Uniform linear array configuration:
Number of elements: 48
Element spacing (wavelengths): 0.25
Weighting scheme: exponential
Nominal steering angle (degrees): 30
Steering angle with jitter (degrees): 30.363
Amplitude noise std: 0.05
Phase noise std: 0.05

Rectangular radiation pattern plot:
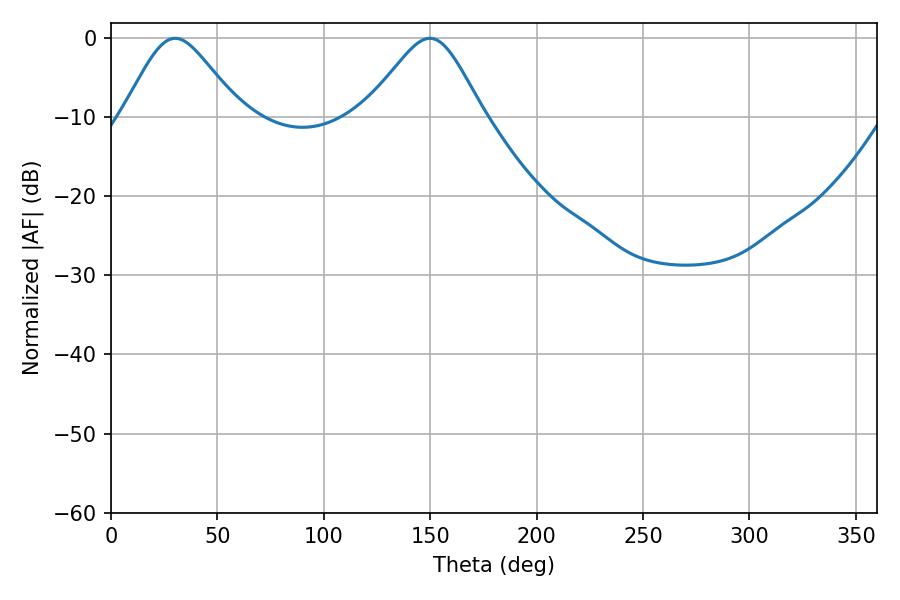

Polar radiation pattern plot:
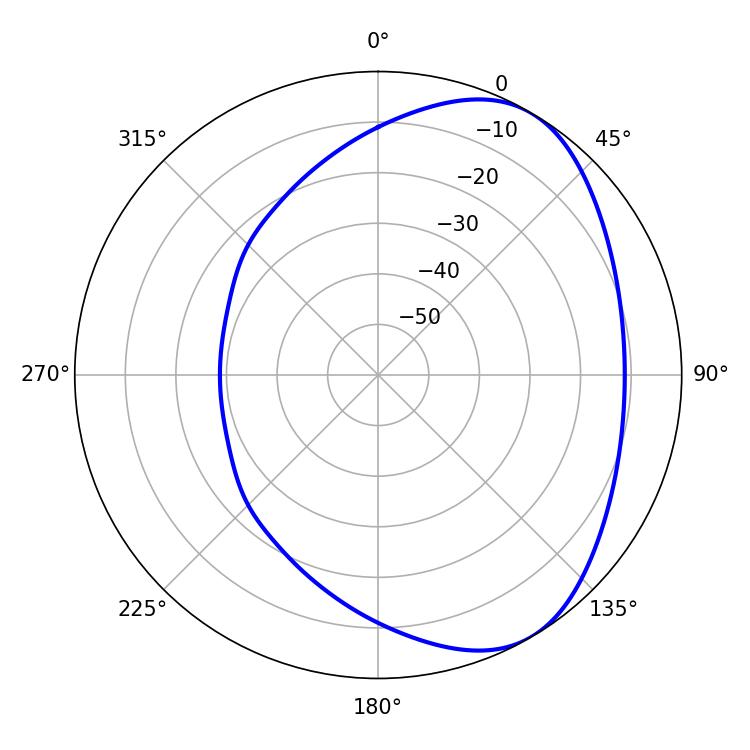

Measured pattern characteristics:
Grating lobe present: FALSE
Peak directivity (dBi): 5.016
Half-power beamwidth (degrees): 27
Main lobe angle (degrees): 30.24